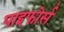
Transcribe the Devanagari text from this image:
पाइफोर्स